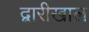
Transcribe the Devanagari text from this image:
द्वारीखाल